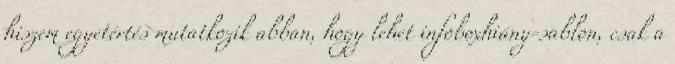
hiszem egyetértés mutatkozik abban, hogy lehet infoboxhiány-sablon, csak a